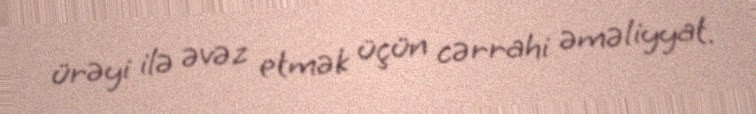
ürəyi ilə əvəz etmək üçün cərrahi əməliyyat.